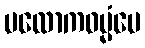
ပလောကဓမ္မံပေ